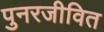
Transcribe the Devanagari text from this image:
पुनरजीवित